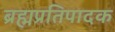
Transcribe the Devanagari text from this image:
ब्रह्मप्रतिपादक